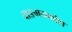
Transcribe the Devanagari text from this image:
वाङमयकोश